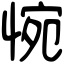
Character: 惋